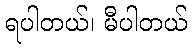
ရပါတယ်၊ မီပါတယ်